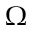
\Omega